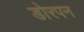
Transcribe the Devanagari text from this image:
डोरपन